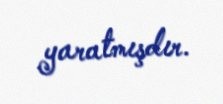
yaratmışdır.